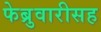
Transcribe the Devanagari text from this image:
फेब्रुवारीसह